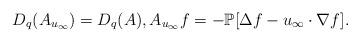
LaTeX: \begin{align*}D_q(A_{u_\infty})=D_q(A), A_{u_\infty}f=-\mathbb P[\Delta f-u_\infty\cdot\nabla f].\end{align*}